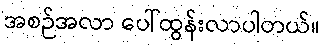
အစဉ်အလာ ပေါ်ထွန်းလာပါတယ်။